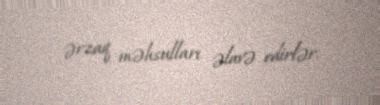
ərzaq məhsulları əlavə edirlər.